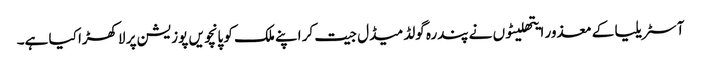
آسٹریلیا کے معذور ایتھلیٹوں نے پندرہ گولڈ میڈل جیت کر اپنے ملک کو پانچویں پوزیشن پر لاکھڑا کیا ہے۔